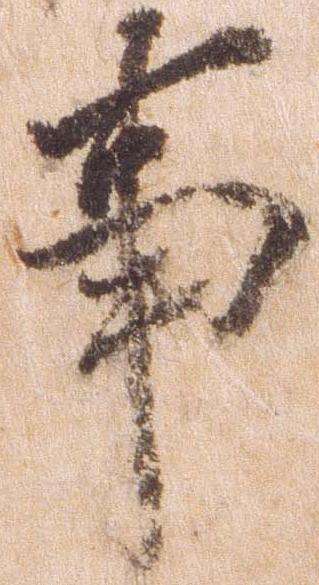
事